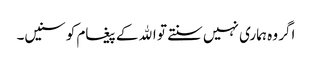
اگر وہ ہماری نہیں سنتے تو اﷲ کے پیغام کو سنیں۔